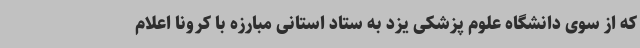
که از سوی دانشگاه علوم پزشکی یزد به ستاد استانی مبارزه با کرونا اعلام